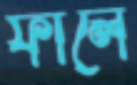
ফালে